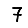
Digit: 7